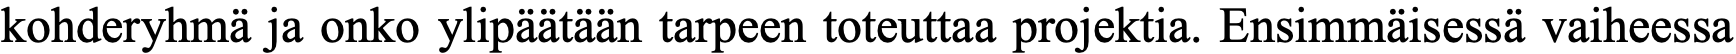
kohderyhmä ja onko ylipäätään tarpeen toteuttaa projektia. Ensimmäisessä vaiheessa